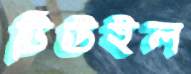
টিউইল